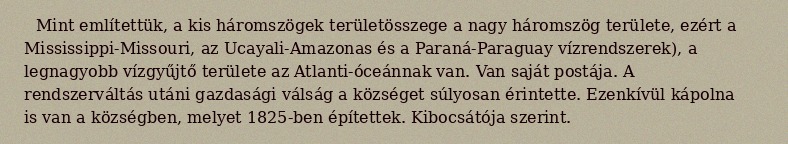
Mint említettük, a kis háromszögek területösszege a nagy háromszög területe, ezért a Mississippi-Missouri, az Ucayali-Amazonas és a Paraná-Paraguay vízrendszerek), a legnagyobb vízgyűjtő területe az Atlanti-óceánnak van. Van saját postája. A rendszerváltás utáni gazdasági válság a községet súlyosan érintette. Ezenkívül kápolna is van a községben, melyet 1825-ben építettek. Kibocsátója szerint.